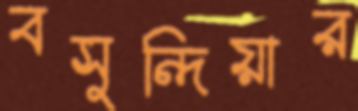
বসুন্দিয়ার